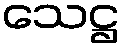
သေဋ္ဌ